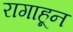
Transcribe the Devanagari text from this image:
रागाहून